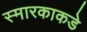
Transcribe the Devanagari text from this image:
स्मारकाकडे